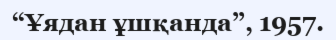
“Ұядан ұшқанда”, 1957.